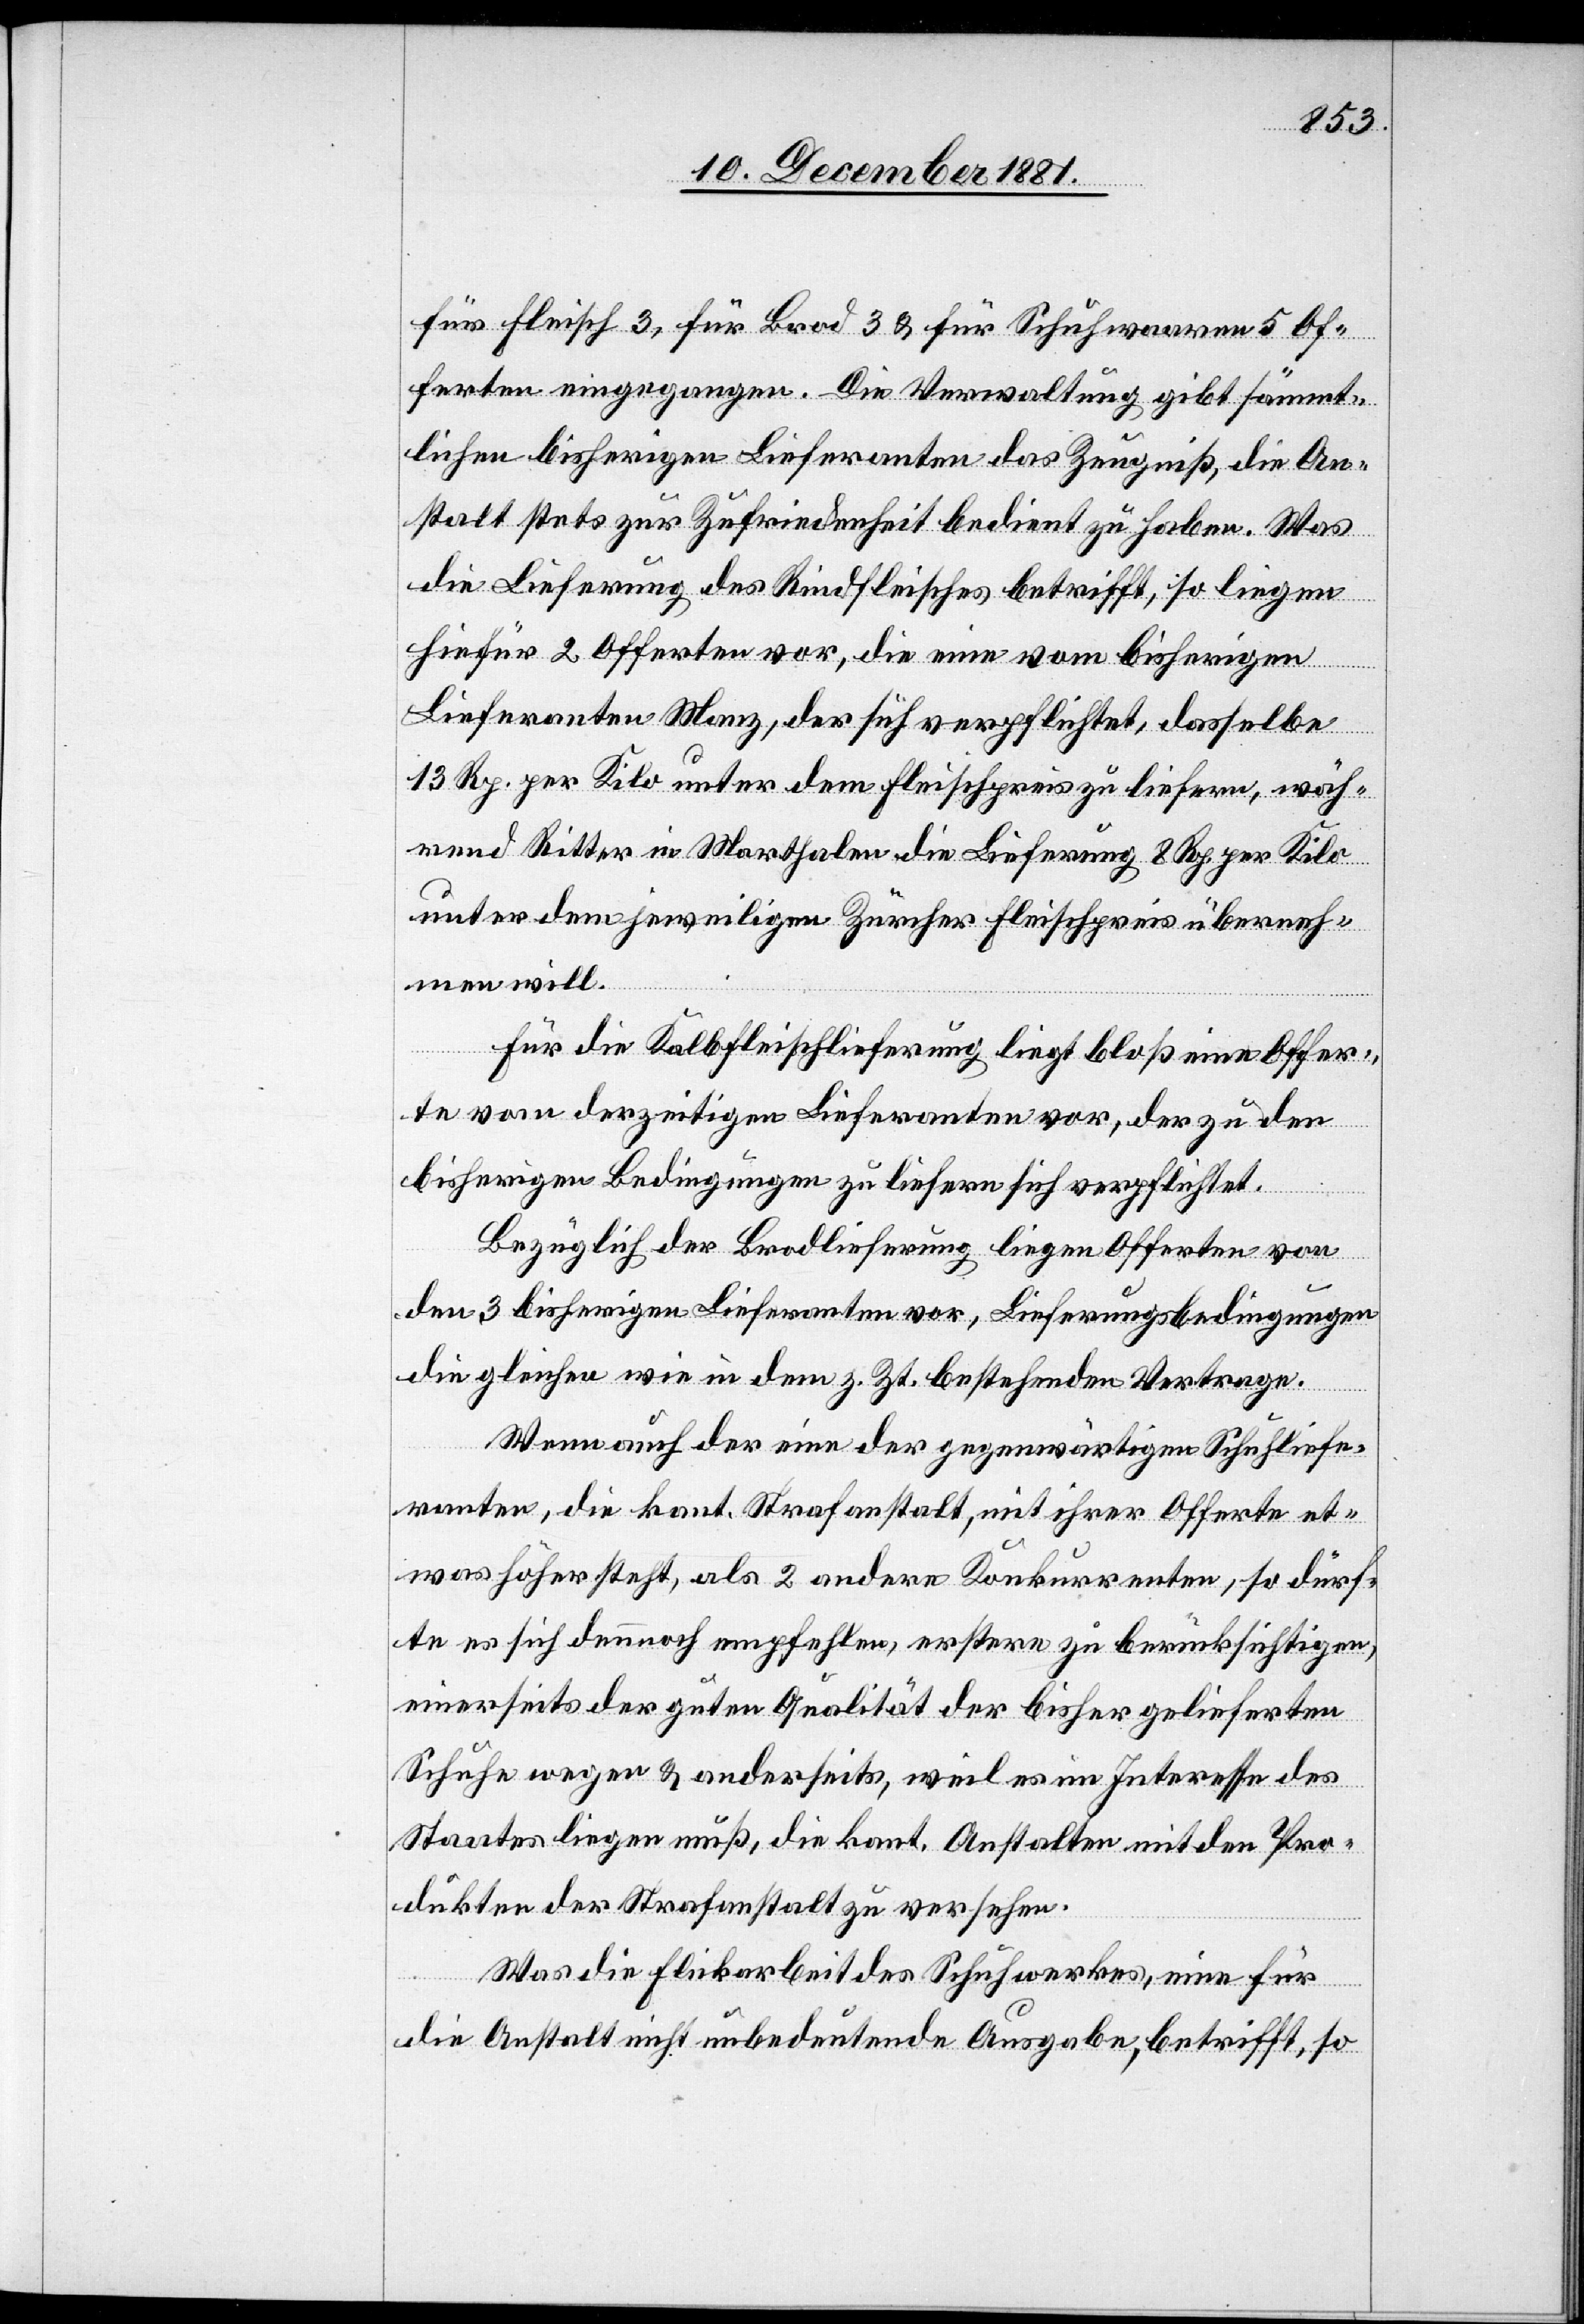
für Fleisch 3, für Brod 3 & für Schuhwaaren 5 Of¬
ferten eingegangen. Die Verwaltung gibt sämmt¬
lichen bisherigen Lieferanten das Zeugniß, die An¬
stalt stets zur Zufriedenheit bedient zu haben. „Was
die Lieferung des Rindfleisches betrifft, so liegen
hierfür 2 Offerten vor, die eine vom bisherigen
Lieferanten Manz, der sich verpflichtet, dasselbe
13 Rp. per Kilo unter dem Fleischpreis zu liefern, wäh¬
rend Ritter in Marthalen die Lieferung 8 Rp. per Kilo
unter dem jeweiligen Zürcher Fleischpreis überneh¬
men will.
Für die Kalbfleischlieferung liegt bloß eine Offer¬
te vom derzeitigen Lieferanten vor, der zu den
bisherigen Bedingungen zu liefern sich verpflichtet.
Bezüglich der Brodlieferung liegen Offerten von
den 3 bisherigen Lieferanten vor, Lieferungsbedingungen
die gleichen wie in dem z. Zt. bestenden Vertrage.
Wenn auch der eine der gegenwärtigen Schuhliefe¬
ranten, die kant. Strafanstalt, mit ihrer Offerte et¬
was höher steht, als 2 andere Konkurrenten, so dürf¬
te es sich dennoch empfehlen, erstere zu berücksichtigen,
einerseits der guten Qualität der bisher gelieferten
Schuhe wegen & anderseits, weil es im Interesse des
Staates liegen muß, die kant. Anstalten mit den Pro¬
dukten der Strafanstalt zu versehen.
Was die Flickarbeit des Schuhwerkes, eine für
die Anstalt nicht unbedeutende Ausgabe, betrifft, so